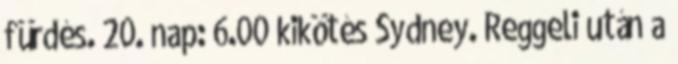
fürdés. 20. nap: 6.00 kikötés Sydney. Reggeli után a